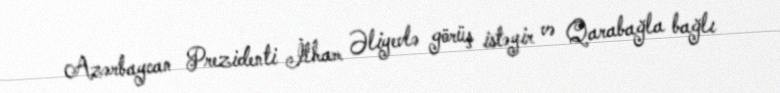
Azərbaycan Prezidenti İlham Əliyevlə görüş istəyir və Qarabağla bağlı